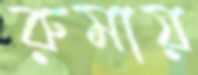
রুমায়